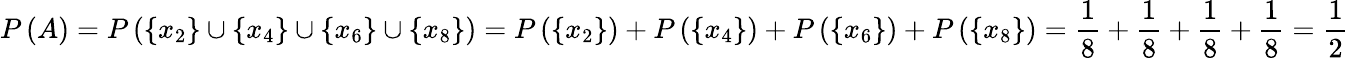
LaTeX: P\left(A\right)=P\left(\left\{ x_{2}\right\} \cup\left\{ x_{4}\right\} \cup\left\{ x_{6}\right\} \cup\left\{ x_{8}\right\} \right)=P\left(\left\{ x_{2}\right\} \right)+P\left(\left\{ x_{4}\right\} \right)+P\left(\left\{ x_{6}\right\} \right)+P\left(\left\{ x_{8}\right\} \right)=\frac{1}{8}+\frac{1}{8}+\frac{1}{8}+\frac{1}{8}=\frac{1}{2}